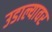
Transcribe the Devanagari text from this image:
उडाल्यावर